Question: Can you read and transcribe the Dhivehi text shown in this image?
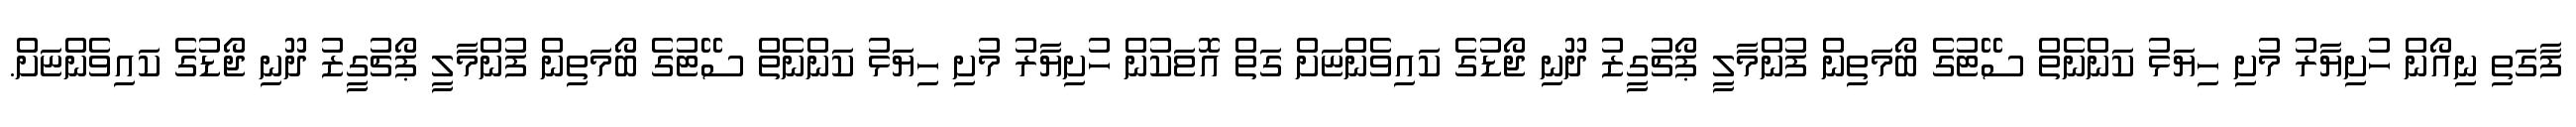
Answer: ފާގަތި ނިއޯން ހުށިޔާރު މުށި ހިޔަޅު ކަންނެތް ސޭޓުގެ ބޯމަތިން ފުންމާލީ ޕޯޗުގީޒު ދޫނި ޖޯޑުގެ ކައިވެންޏަށް ގަތް އޮޱަކުން ހުށިޔާރު މުށި ހިޔަޅު ކަންނެތް ސޭޓުގެ ބޯމަތިން ފުންމާލީ ޕޯޗުގީޒު ދޫނި ޖޯޑުގެ ކައިވެންޏަށް.